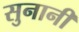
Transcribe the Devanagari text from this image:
सुनानी